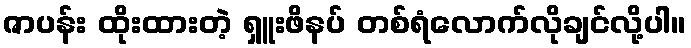
ဇာပန်း ထိုးထားတဲ့ ရှူးဖိနပ် တစ်ရံလောက်လိုချင်လို့ပါ။